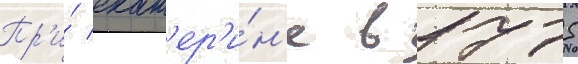
Пр'и́ екат'ер'и́н'е в 1775